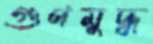
গুণমুদ্ধ